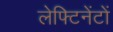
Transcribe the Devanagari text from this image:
लेफ्टिनेंटों